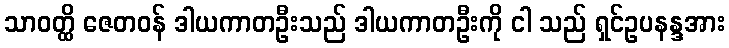
သာဝတ္ထိ ဇေတဝန် ဒါယကာတဦးသည် ဒါယကာတဦးကို ငါ သည် ရှင်ဥပနန္ဒအား